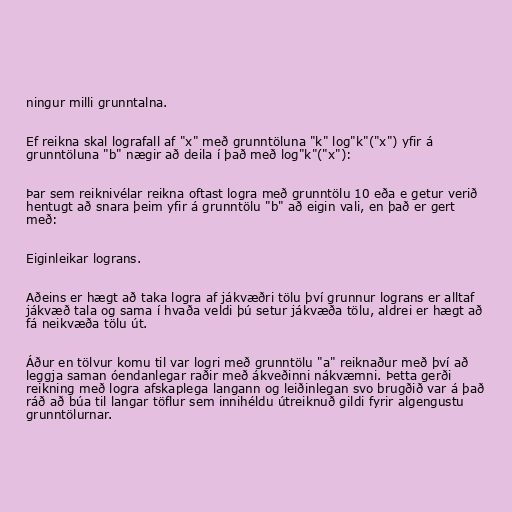
ningur milli grunntalna.

Ef reikna skal lografall af "x" með grunntöluna "k" log"k"("x") yfir á
grunntöluna "b" nægir að deila í það með log"k"("x"):

Þar sem reiknivélar reikna oftast logra með grunntölu 10 eða e getur verið
hentugt að snara þeim yfir á grunntölu "b" að eigin vali, en það er gert
með:

Eiginleikar lograns.

Aðeins er hægt að taka logra af jákvæðri tölu því grunnur lograns er alltaf
jákvæð tala og sama í hvaða veldi þú setur jákvæða tölu, aldrei er hægt að
fá neikvæða tölu út.

Áður en tölvur komu til var logri með grunntölu "a" reiknaður með því að
leggja saman óendanlegar raðir með ákveðinni nákvæmni. Þetta gerði
reikning með logra afskaplega langann og leiðinlegan svo brugðið var á það
ráð að búa til langar töflur sem innihéldu útreiknuð gildi fyrir algengustu
grunntölurnar.